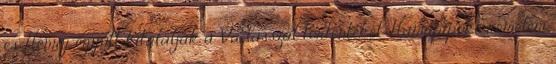
és Henry együtt kitalálják a Vadásszal történteket. Hamupipőke remélem